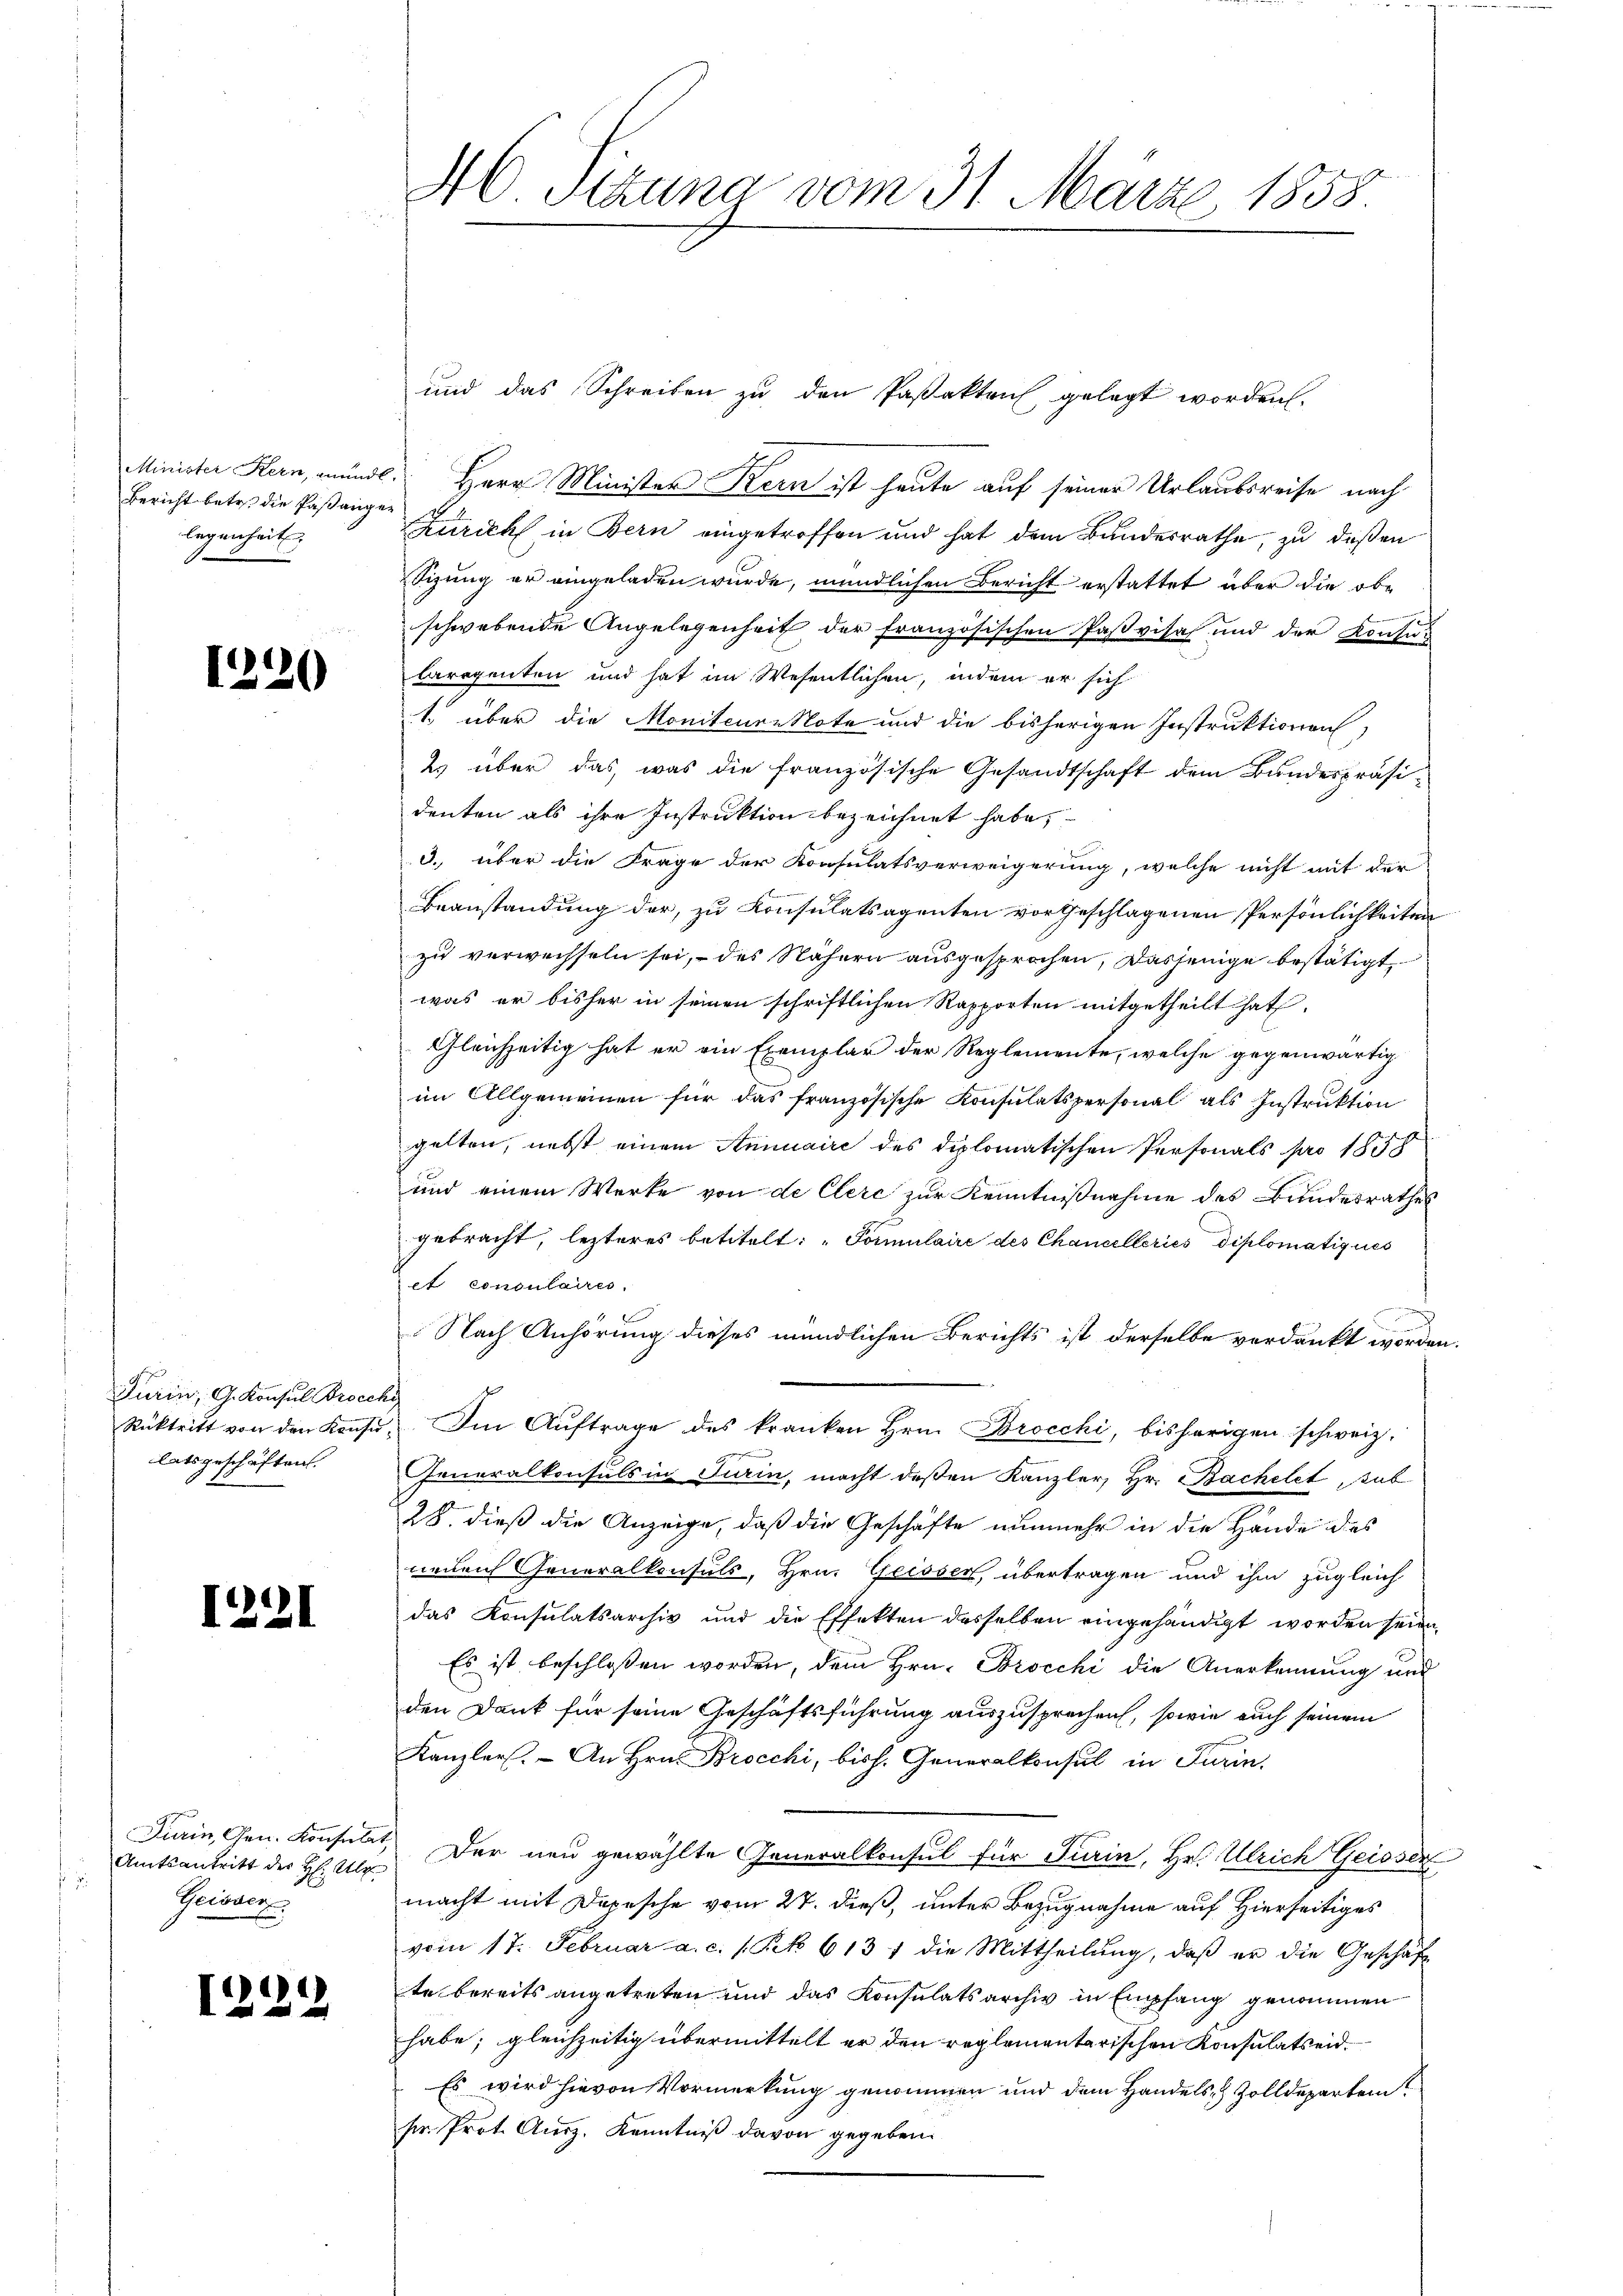
Bericht betr. die Paßangen
legenheit.

1220

Turin, G. Konsul Brocchi
latsgeschäften.

1221

Amtsantritt des H: Abe
.
Geisser.

)
123

und das Schreiben zu den Paßakten gelegt worden.
Minister Hern, mündl. Herr Minister Kern ist heute auf seiner Urlaubsreise nach
Zürich in Bern eingetroffen und hat dem Bundesrathe, zu deßen
Sizung er eingeladen wurde, mündlichen Bericht erstattet, über die obe

schwebende Angelegenheit der französischen Paßvisa und der Konsur
largenten und hat im Wesentlichen, indem er sich
1 über die Moniteure Note und die bisherigen Instruktionen
2 über das, was die französische Gesandtschaft dem Bundespräsi-
denten als ihre Instruktion bezeichnet habe,
3. über die Frage der Konsulatsverweigerung, welche nicht mit der
Beanstandung der, zu Konsulatsagenten vorgeschlagenen Persönlichkeiten
zu verwechseln sei, - des Nähern ausgesprochen, dasjenige bestätigt,
was er bisher in seinen schriftlichen Rapporten mitgetheilt hat.
Gleichzeitig hat er ein Exemplar der Reglemente, welche gegenwärtig
im Allgemeinen für das französische Konsulatspersonal als Instruktion
gelten, nebst einem Annuaire des diplomatischen Personals pro 1858
und einem Werke von de Clerc zur Kenntnißnahme des Bundesrathes
gebracht, lezteres betitelt: „Formulaire des Chancelleries diplomatiques
et consulaires.
Nach Anhörung dieses mündlichen Berichts ist derselbe verdankt worden.
Rücktritt von den Konsŭ. Im Aŭftrage des kranken Hrn. Brocchi, bisherigen schweiz.
Generalkonsuls in Turin, macht deßen Kanzler, Hr. Bachelet, sub
28. dieß die Anzeige, daß die Geschäfte nunmehr in die Hände des
neuen Generalkonsuls, Hrn. Geisser, übertragen und ihm zugleich
das Konsulatsarchiv und die Effekten desselben eingehändigt worden seien,
Es ist beschlossen worden, dem Hrn. Brocchi die Anerkennung und
den Dank für seine Geschäftsführung auszusprechen, sowie auch seinem
Kanzler. - An Hrn. Brocchi, bish. Generalkonsul in Turin,
Darin, Gen. Konsulat Der neu gewählte Generalkonsul für Turin, Hr. Ulrich Geisser
macht mit Depesche vom 27. dieß, unter Bezugnahme auf Hierseitiges
vom 17. Februar a. c. 1 Pk 613 f die Mittheilŭng, daβ er die Geschäft
te bereits angetreten und das Konsulatsarchiv in Empfang genommen
habe; gleichzeitig übermittelt er den reglementarischen Konsulatseid.
Es wird hievon Vormerkung genommen und dem Handels- & Zolldepartem
sr. Prot. Ausz. Kenntniß davon gegeben.

46. Sizung vom 31. März 1858